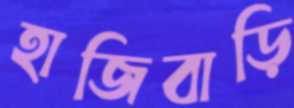
হাজিবাড়ি